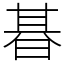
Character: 㫷